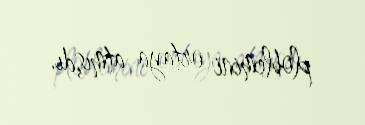
ploblemini ortaya atmışdı.